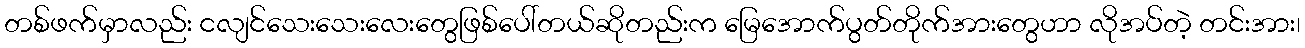
တစ်ဖက်မှာလည်း ငလျင်သေးသေးလေးတွေဖြစ်ပေါ်တယ်ဆိုတည်းက မြေအောက်ပွတ်တိုက်အားတွေဟာ လိုအပ်တဲ့ တင်းအား၊